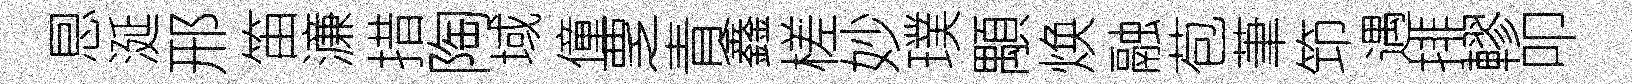
㤙涎邢笛濓措陶域僮覂青鑫槎妙璞顒焕融苞茟笻遇排轇叩